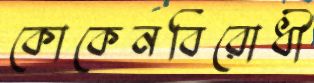
কোকেনবিরোধী